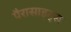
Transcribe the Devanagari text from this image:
पैरासाइट्स